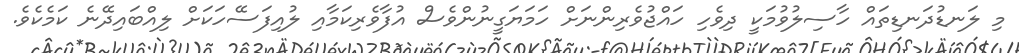
މި ލަނޑުދަނޑިތައް ހާސިލުވުމަކީ ދިވެހި ހައްޖުވެރިންނަށް ހަމަޔަގީނުންވެސް އުފާވެރިކަމާއި ލުއިފަސޭހަކަށް ލިއްބައިދޭނެ ކަމެކެވެ.